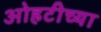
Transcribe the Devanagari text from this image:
ओहटीच्या